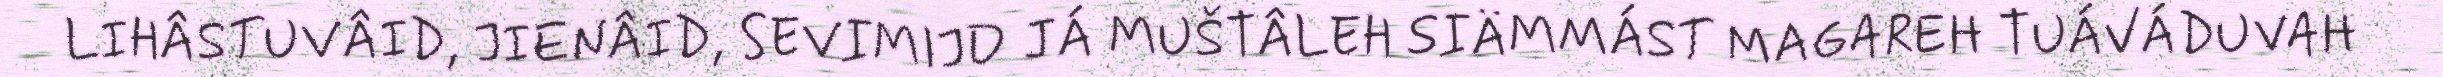
LIHÂSTUVÂID, JIENÂID, SEVIMIJD JÁ MUŠTÂLEH SIÄMMÁST MAGAREH TUÁVÁDUVAH